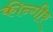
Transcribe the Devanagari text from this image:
कीन्गीर